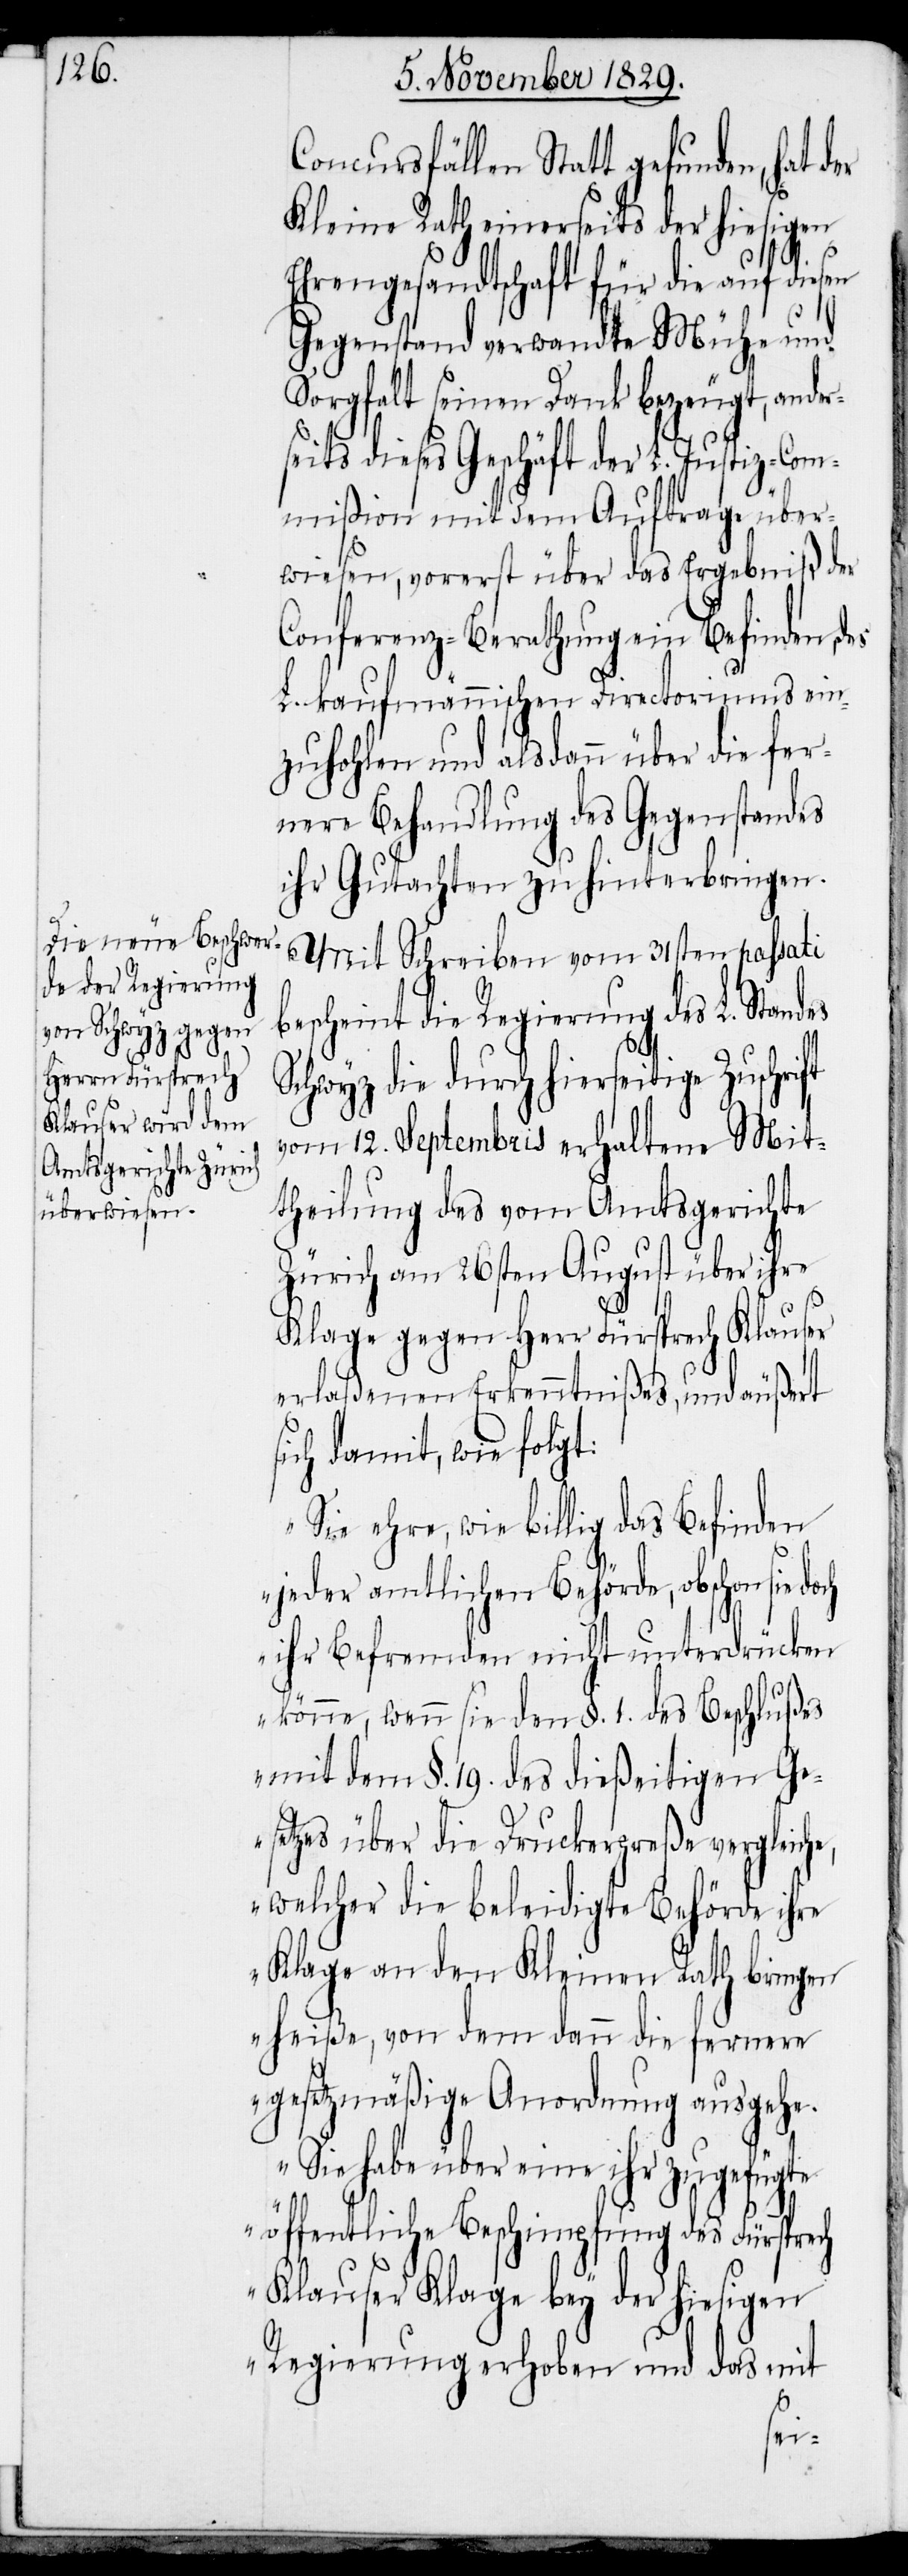
e,

Concursfällen Statt gefunden, hat der
Kleine Rath einerseits der hiesigen
Ehrengesandtschaft für die auf diesen
ift
Gegenstand verwandte Mühe und
Sorgfalt seinen Dank bezeugt, ander¬
seits dieses Geschäft der L. Justiz-Com¬
mißion mit dem Auftrage über¬
wiesen, vorerst über das Ergebniß der
Conferenz-Berathung ein Befinden, des
L. kaufmännischen Directoriums ein¬
zuholen und alsdann über die fer¬
nere Behandlung des Gegenstandes
ihr Gutachten zu hinterbringen.
Mit Schreiben vom 31sten passati
bescheint die Regierung des L. Stand¬
Schwyz die durch hierseitige Zuschr¬
vom 12. Septembris erhaltene Mit¬
theilung des vom Amtsgerichte
Zürich am 26sten August über ihre
Klage gegen Herrn Fürsprech Klauser
erlaßenen Erkenntnißes, und äußert
sich damit, wie folgt:
„Sie ehre, wie billig das Befinden
jeder amtlichen Behörde, obschon sie
ihr Befremden nicht unterdrücken
könne, wenn sie den §. 1. des Beschlußes
mit dem §. 19. des dießeitigen Ge¬
setzes über die Druckerpreße vergleich¬
welcher die beleidigte Behörde ihre
Klage an den Kleinen Rath bringen
heiße, von dem dann die fernere
gesetzmäßige Anordnung ausgehe.
„Sie habe über eine ihr zugefügte
öffentliche Beschimpfung des Fürsprech
Klauser Klage bey der hiesigen
Regierung erhoben und das mit